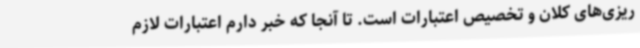
ریزی‌های کلان و تخصیص اعتبارات است. تا آنجا که خبر دارم اعتبارات لازم